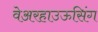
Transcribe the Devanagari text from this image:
वेअरहाउऊसिंग